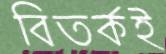
বিতর্কই